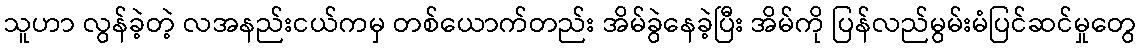
သူဟာ လွန်ခဲ့တဲ့ လအနည်းငယ်ကမှ တစ်ယောက်တည်း အိမ်ခွဲနေခဲ့ပြီး အိမ်ကို ပြန်လည်မွမ်းမံပြင်ဆင်မှုတွေ